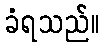
ခံရသည်။